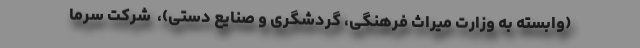
(وابسته به وزارت میراث فرهنگی، گردشگری و صنایع دستی)، ‌ شرکت سرما